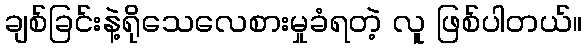
ချစ်ခြင်းနဲ့ရိုသေလေစားမှုခံရတဲ့ လူ ဖြစ်ပါတယ်။